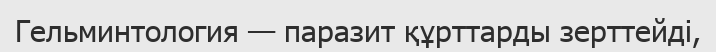
Гельминтология — паразит құрттарды зерттейді,